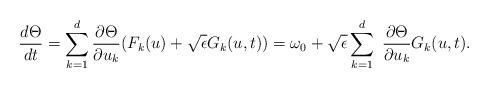
LaTeX: \begin{align*}\frac{d\Theta}{dt}=\sum_{k=1}^d\frac{\partial \Theta}{\partial u_k}(F_k(u)+\sqrt{\epsilon} G_k({u},t))=\omega_0+\sqrt{\epsilon}\sum_{k=1}^d\ \frac{\partial \Theta}{\partial u_k}G_k(u,t). \end{align*}